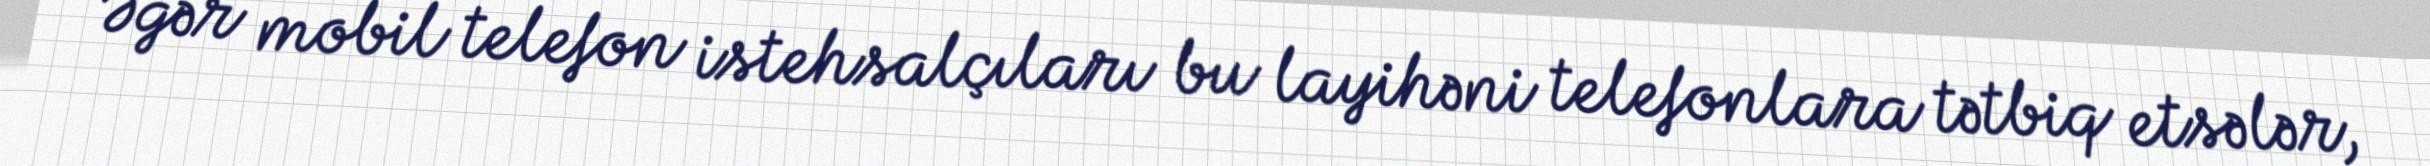
Əgər mobil telefon istehsalçıları bu layihəni telefonlara tətbiq etsələr,